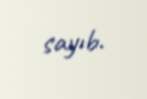
sayıb.